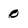
Character: 0